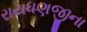
રાયધણજીના